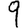
Digit: 9